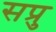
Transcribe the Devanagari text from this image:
सप्रु